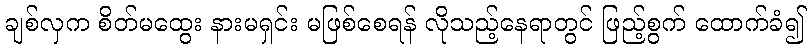
ချစ်လှက စိတ်မထွေး နားမရှင်း မဖြစ်စေရန် လိုသည့်နေရာတွင် ဖြည့်စွက် ထောက်ခံ၍